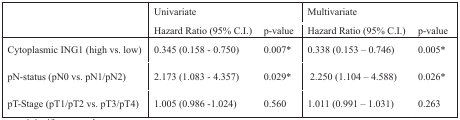
| <ROWSPAN=2>  | <COLSPAN=2> Univariate | <COLSPAN=2> Multivariate |
 | Hazard Ratio (95% C.I.) | p-value | Hazard Ratio (95% C.I.) | p-value |
 | --- | --- | --- | --- | --- |
 | Cytoplasmic ING1 (high vs. low) | 0.345 (0.158 - 0.750) | 0.007* | 0.338 (0.153 – 0.746) | 0.005* |
 | pN-status (pN0 vs. pN1/pN2) | 2.173 (1.083 - 4.357) | 0.029* | 2.250 (1.104 – 4.588) | 0.026* |
 | pT-Stage (pT1/pT2 vs. pT3/pT4) | 1.005 (0.986 -1.024) | 0.560 | 1.011 (0.991 – 1.031) | 0.263 |